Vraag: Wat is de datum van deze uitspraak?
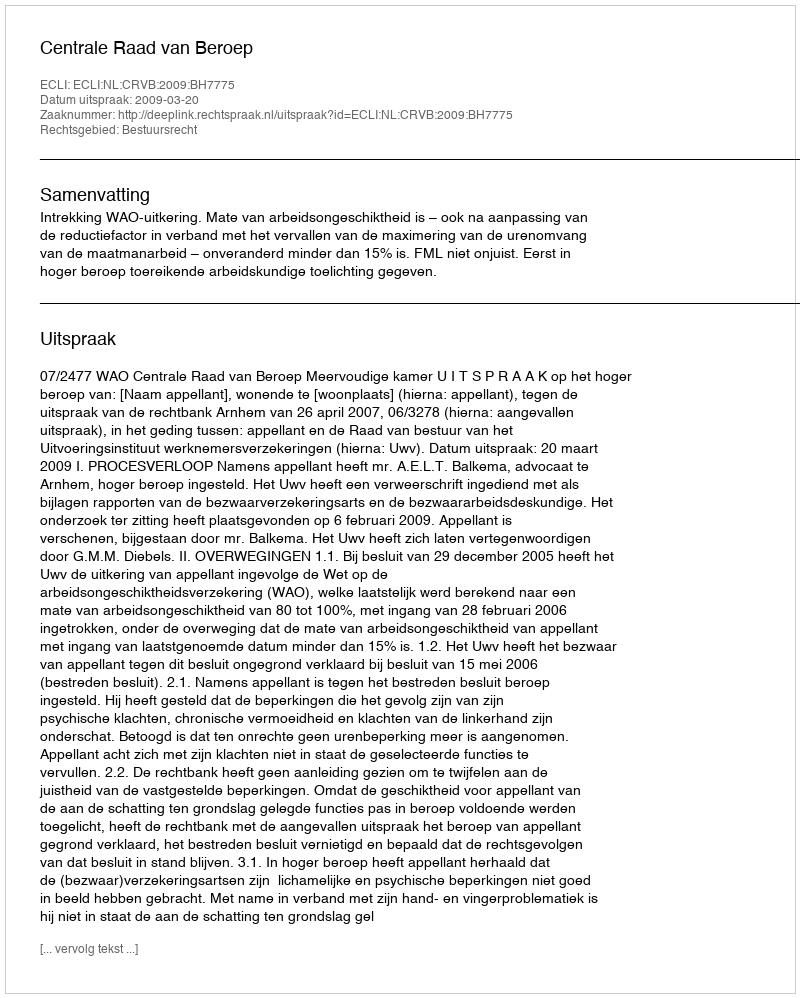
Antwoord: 2009-03-20